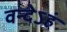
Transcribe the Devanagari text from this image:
वन्देऽहं